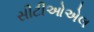
સીટીઓએલ